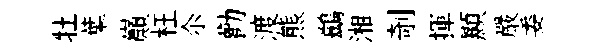
牡葉巔枉尒勸渡熊鷀湘剞揮顯嚴委